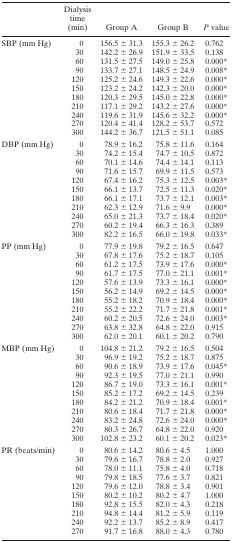
<table><thead><tr><td></td><td><b>Dialysis time (min)</b></td><td><b>Group A</b></td><td><b>Group B</b></td><td><b><i>P</i> value</b></td></tr></thead><tbody><tr><td>SBP (mm Hg)</td><td>0</td><td>156.5 ± 31.3</td><td>155.3 ± 26.2</td><td>0.762</td></tr><tr><td></td><td>30</td><td>142.2 ± 26.9</td><td>151.9 ± 33.5</td><td>0.138</td></tr><tr><td></td><td>60</td><td>131.5 ± 27.5</td><td>149.0 ± 25.8</td><td>0.000*</td></tr><tr><td></td><td>90</td><td>133.7 ± 27.1</td><td>148.5 ± 24.9</td><td>0.008*</td></tr><tr><td></td><td>120</td><td>125.2 ± 24.6</td><td>149.3 ± 22.6</td><td>0.000*</td></tr><tr><td></td><td>150</td><td>123.2 ± 24.2</td><td>142.3 ± 20.0</td><td>0.000*</td></tr><tr><td></td><td>180</td><td>120.3 ± 29.5</td><td>145.0 ± 22.8</td><td>0.000*</td></tr><tr><td></td><td>210</td><td>117.1 ± 29.2</td><td>143.2 ± 27.6</td><td>0.000*</td></tr><tr><td></td><td>240</td><td>119.6 ± 31.9</td><td>145.6 ± 32.2</td><td>0.000*</td></tr><tr><td></td><td>270</td><td>120.4 ± 41.4</td><td>128.2 ± 53.7</td><td>0.572</td></tr><tr><td></td><td>300</td><td>144.2 ± 36.7</td><td>121.5 ± 51.1</td><td>0.085</td></tr><tr><td>DBP (mm Hg)</td><td>0</td><td>78.9 ± 16.2</td><td>75.8 ± 11.6</td><td>0.164</td></tr><tr><td></td><td>30</td><td>74.2 ± 15.4</td><td>74.7 ± 10.5</td><td>0.872</td></tr><tr><td></td><td>60</td><td>70.1 ± 14.6</td><td>74.4 ± 14.1</td><td>0.113</td></tr><tr><td></td><td>90</td><td>71.6 ± 15.7</td><td>69.9 ± 11.5</td><td>0.573</td></tr><tr><td></td><td>120</td><td>67.4 ± 16.2</td><td>75.3 ± 12.5</td><td>0.003*</td></tr><tr><td></td><td>150</td><td>66.1 ± 13.7</td><td>72.5 ± 11.3</td><td>0.020*</td></tr><tr><td></td><td>180</td><td>66.1 ± 17.1</td><td>73.7 ± 12.1</td><td>0.003*</td></tr><tr><td></td><td>210</td><td>62.3 ± 12.9</td><td>71.6 ± 9.9</td><td>0.000*</td></tr><tr><td></td><td>240</td><td>65.0 ± 21.3</td><td>73.7 ± 18.4</td><td>0.020*</td></tr><tr><td></td><td>270</td><td>60.2 ± 19.4</td><td>66.3 ± 16.3</td><td>0.389</td></tr><tr><td></td><td>300</td><td>82.2 ± 16.5</td><td>66.0 ± 19.8</td><td>0.033*</td></tr><tr><td>PP (mm Hg)</td><td>0</td><td>77.9 ± 19.8</td><td>79.2 ± 16.5</td><td>0.647</td></tr><tr><td></td><td>30</td><td>67.8 ± 17.6</td><td>75.2 ± 18.7</td><td>0.105</td></tr><tr><td></td><td>60</td><td>61.2 ± 17.5</td><td>73.9 ± 17.6</td><td>0.000*</td></tr><tr><td></td><td>90</td><td>61.7 ± 17.5</td><td>77.0 ± 21.1</td><td>0.001*</td></tr><tr><td></td><td>120</td><td>57.6 ± 13.9</td><td>73.3 ± 16.1</td><td>0.000*</td></tr><tr><td></td><td>150</td><td>56.2 ± 14.9</td><td>69.2 ± 14.5</td><td>0.000*</td></tr><tr><td></td><td>180</td><td>55.2 ± 18.2</td><td>70.9 ± 18.4</td><td>0.000*</td></tr><tr><td></td><td>210</td><td>55.2 ± 22.2</td><td>71.7 ± 21.8</td><td>0.001*</td></tr><tr><td></td><td>240</td><td>60.2 ± 20.5</td><td>72.6 ± 24.0</td><td>0.003*</td></tr><tr><td></td><td>270</td><td>63.8 ± 32.8</td><td>64.8 ± 22.0</td><td>0.915</td></tr><tr><td></td><td>300</td><td>62.0 ± 20.1</td><td>60.1 ± 20.2</td><td>0.790</td></tr><tr><td>MBP (mm Hg)</td><td>0</td><td>104.8 ± 21.2</td><td>79.2 ± 16.5</td><td>0.504</td></tr><tr><td></td><td>30</td><td>96.9 ± 19.2</td><td>75.2 ± 18.7</td><td>0.875</td></tr><tr><td></td><td>60</td><td>90.6 ± 18.9</td><td>73.9 ± 17.6</td><td>0.045*</td></tr><tr><td></td><td>90</td><td>92.3 ± 19.5</td><td>77.0 ± 21.1</td><td>0.990</td></tr><tr><td></td><td>120</td><td>86.7 ± 19.0</td><td>73.3 ± 16.1</td><td>0.001*</td></tr><tr><td></td><td>150</td><td>85.2 ± 17.2</td><td>69.2 ± 14.5</td><td>0.239</td></tr><tr><td></td><td>180</td><td>84.2 ± 21.2</td><td>70.9 ± 18.4</td><td>0.001*</td></tr><tr><td></td><td>210</td><td>80.6 ± 18.4</td><td>71.7 ± 21.8</td><td>0.000*</td></tr><tr><td></td><td>240</td><td>83.2 ± 24.8</td><td>72.6 ± 24.0</td><td>0.000*</td></tr><tr><td></td><td>270</td><td>80.3 ± 26.7</td><td>64.8 ± 22.0</td><td>0.920</td></tr><tr><td></td><td>300</td><td>102.8 ± 23.2</td><td>60.1 ± 20.2</td><td>0.023*</td></tr><tr><td>PR (beats/min)</td><td>0</td><td>80.6 ± 14.2</td><td>80.6 ± 4.5</td><td>1.000</td></tr><tr><td></td><td>30</td><td>79.6 ± 16.7</td><td>78.8 ± 2.0</td><td>0.927</td></tr><tr><td></td><td>60</td><td>78.0 ± 11.1</td><td>75.8 ± 4.0</td><td>0.718</td></tr><tr><td></td><td>90</td><td>79.8 ± 18.5</td><td>77.6 ± 3.7</td><td>0.821</td></tr><tr><td></td><td>120</td><td>79.6 ± 12.0</td><td>78.8 ± 3.4</td><td>0.901</td></tr><tr><td></td><td>150</td><td>80.2 ± 10.2</td><td>80.2 ± 4.7</td><td>1.000</td></tr><tr><td></td><td>180</td><td>92.8 ± 15.5</td><td>82.0 ± 4.3</td><td>0.218</td></tr><tr><td></td><td>210</td><td>94.8 ± 14.4</td><td>81.2 ± 5.9</td><td>0.119</td></tr><tr><td></td><td>240</td><td>92.2 ± 13.7</td><td>85.2 ± 8.9</td><td>0.417</td></tr><tr><td></td><td>270</td><td>91.7 ± 16.8</td><td>88.0 ± 4.3</td><td>0.780</td></tr></tbody></table>